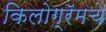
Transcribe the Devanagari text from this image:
किलोग्रॅमचे